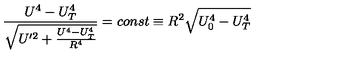
\frac { U ^ { 4 } - U _ { T } ^ { 4 } } { \sqrt { U ^ { \prime 2 } + \frac { U ^ { 4 } - U _ { T } ^ { 4 } } { R ^ { 4 } } } } = c o n s t \equiv R ^ { 2 } \sqrt { U _ { 0 } ^ { 4 } - U _ { T } ^ { 4 } }